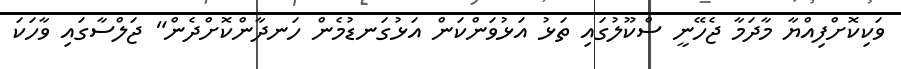
ވަކިކޮށްފިއްޔާ މާދަމާ ޖެހޭނީ ސްކޫލުގައި ތަޅު އަޅުވަންކަން އަޅުގަނޑުމެން ހަނދާންކޮށްދެން" ޖަލްސާގައި ވާހަަކަ